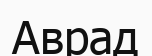
Аврад